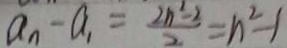
a _ { n } - a _ { 1 } = \frac { 2 n ^ { 2 } - 2 } { 2 } = n ^ { 2 } - 1